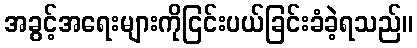
အခွင့်အရေးများကိုငြင်းပယ်ခြင်းခံခဲ့ရသည်။